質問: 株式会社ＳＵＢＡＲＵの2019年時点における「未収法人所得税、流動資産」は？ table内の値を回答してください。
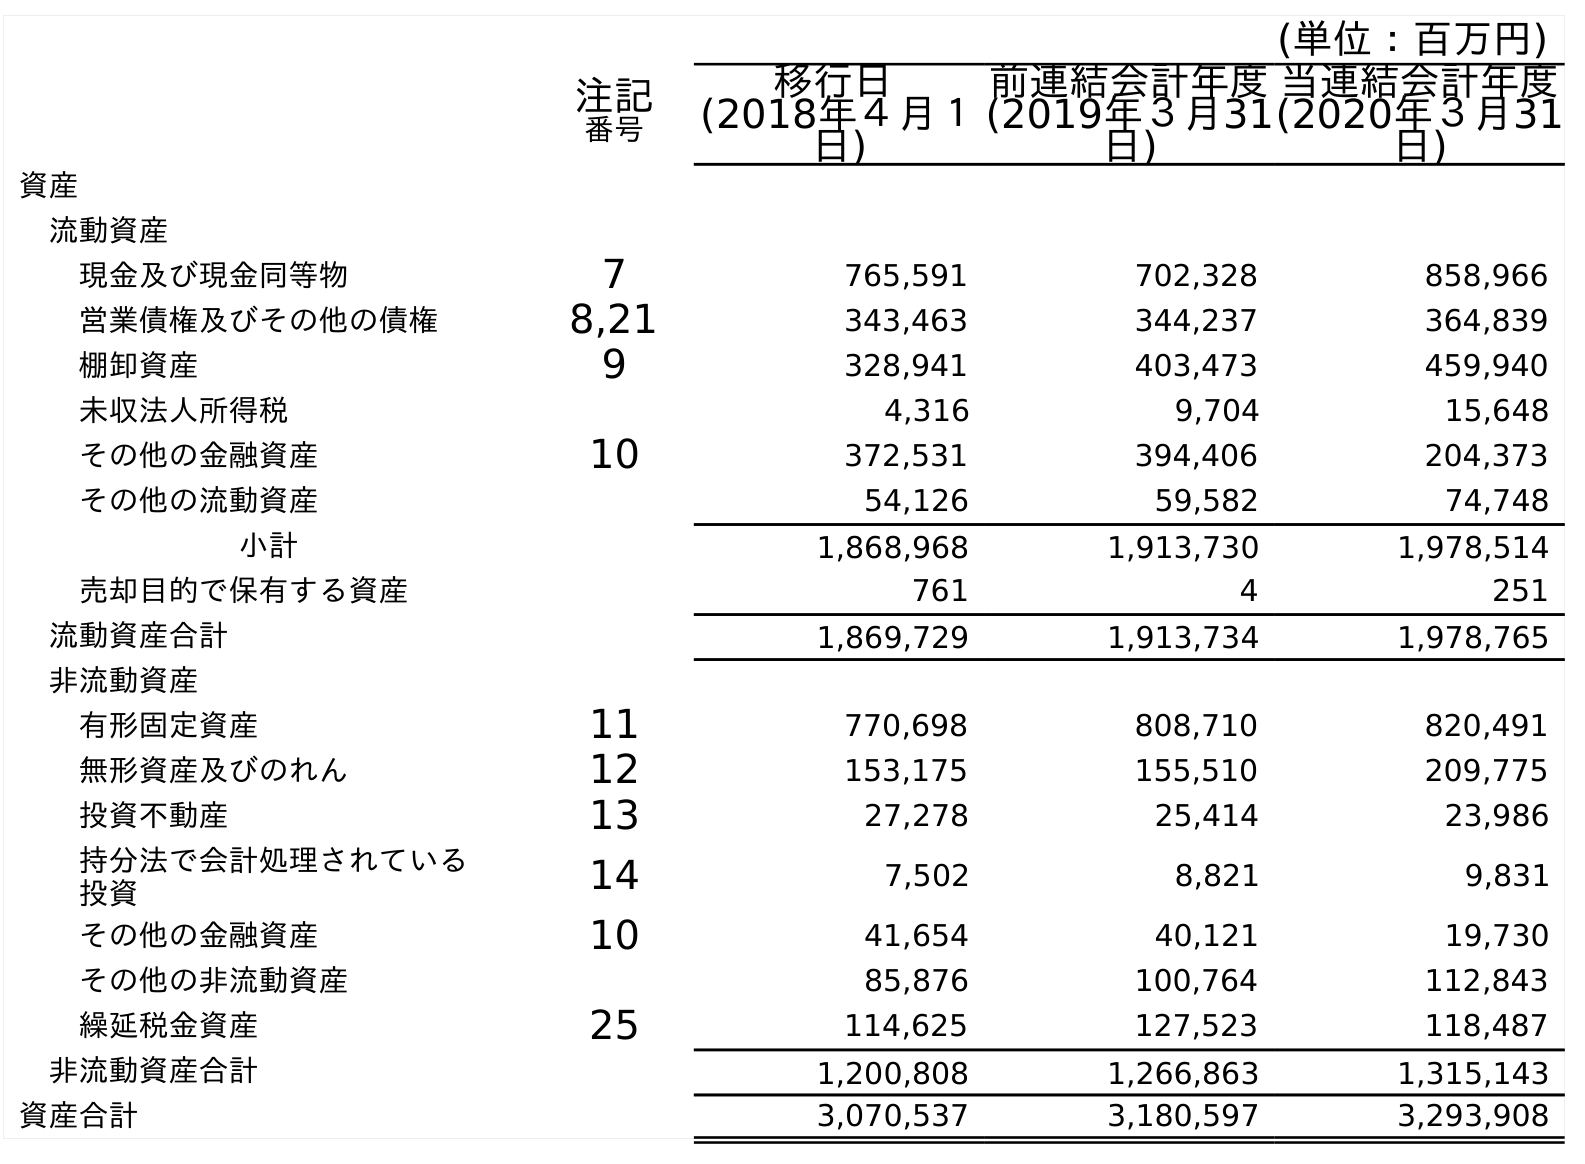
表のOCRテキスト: (単位：百万円) 注記 番号 移行日 (2018年４月１ 日) 前連結会計年度 (2019年３月31 日) 当連結会計年度 (2020年３月31 日) 資産 流動資産 現金及び現金同等物 7 765,591 702,328 858,966 営業債権及びその他の債権 8,21 343,463 344,237 364,839 棚卸資産 9 328,941 403,473 459,940 未収法人所得税 4,316 9,704 15,648 その他の金融資産 10 372,531 394,406 204,373 その他の流動資産 54,126 59,582 74,748 小計 1,868,968 1,913,730 1,978,514 売却目的で保有する資産 761 4 251 流動資産合計 1,869,729 1,913,734 1,978,765 非流動資産 有形固定資産 11 770,698 808,710 820,491 無形資産及びのれん 12 153,175 155,510 209,775 投資不動産 13 27,278 25,414 23,986 持分法で会計処理されている 投資 14 7,502 8,821 9,831 その他の金融資産 10 41,654 40,121 19,730 その他の非流動資産 85,876 100,764 112,843 繰延税金資産 25 114,625 127,523 118,487 非流動資産合計 1,200,808 1,266,863 1,315,143 資産合計 3,070,537 3,180,597 3,293,908
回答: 9,704